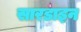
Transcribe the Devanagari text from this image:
सारडाइन